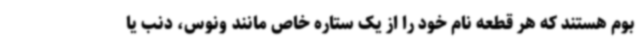
بوم هستند که هر قطعه نام خود را از یک ستاره خاص مانند ونوس، دنب یا